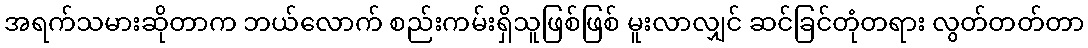
အရက်သမားဆိုတာက ဘယ်လောက် စည်းကမ်းရှိသူဖြစ်ဖြစ် မူးလာလျှင် ဆင်ခြင်တုံတရား လွတ်တတ်တာ